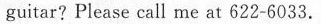
guitar? Please call me at 622-6033.